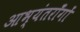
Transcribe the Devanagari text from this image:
आभ्यंतराँगों